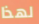
لهذا